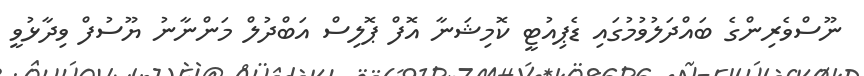
ނޫސްވެރިންގެ ބައްދަލުވުމުގައި ޑެޕިއުޓީ ކޮމިޝަނާ އޮފް ޕޮލިސް އަބްދުލް މަންނާނު ޔޫސުފް ވިދާޅުވީ